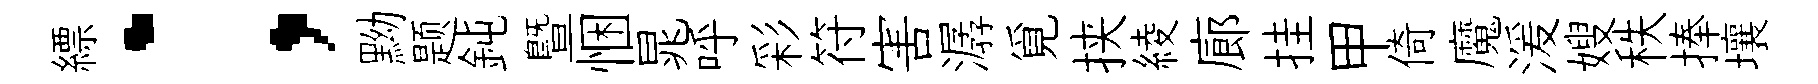
縹；黝题鈍曁悃晁呼彩符害潺覓挟綾廊挂甲倚魔湲嫂秩捧壤